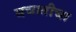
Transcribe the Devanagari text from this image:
बचातीचा